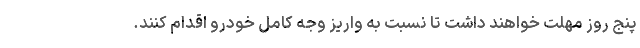
پنج روز مهلت خواهند داشت تا نسبت به واریز وجه کامل خودرو اقدام کنند.